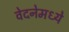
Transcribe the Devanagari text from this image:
वेदनेमध्ये